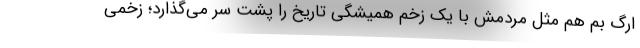
ارگ بم هم مثل مردمش با یک زخم همیشگی تاریخ را پشت سر می‌گذارد؛ زخمی